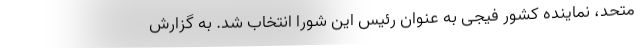
متحد، نماینده کشور فیجی به عنوان رئیس این شورا انتخاب شد. به گزارش